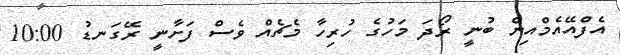
އެފްއޭއެމްއިން ބުނީ ރޯދަ މަހުގެ ހުރިހާ މެޗެއް ވެސް ފަށާނީ ރޭގަނޑު 10:00